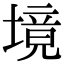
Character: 境